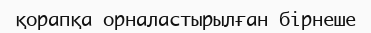
қорапқа орналастырылған бірнеше